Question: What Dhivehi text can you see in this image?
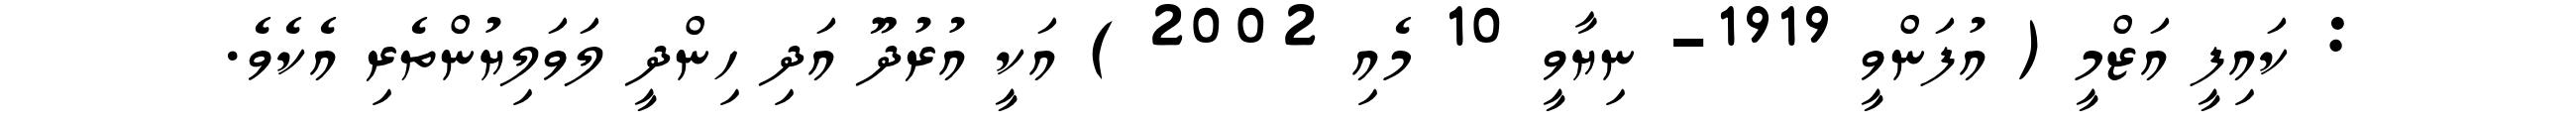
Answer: : ކައިފީ އަޒްމީ ( އުފަންވީ 1919- ނިޔާވީ 10 މެއި 2002 ) އަކީ އުރުދޫ އަދި ހިންދީ ލަވަލިޔުންތެރި އެކެވެ.